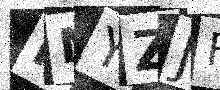
Text: HNYZJF